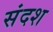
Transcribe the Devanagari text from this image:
संदश